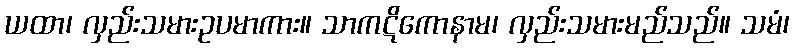
ယထာ၊ လှည်းသမားဥပမာကား။ သာကဋိကောနာမ၊ လှည်းသမားမည်သည်။ သမံ၊